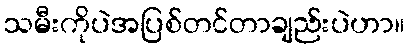
သမီးကိုပဲအပြစ်တင်တာချည်းပဲဟာ။